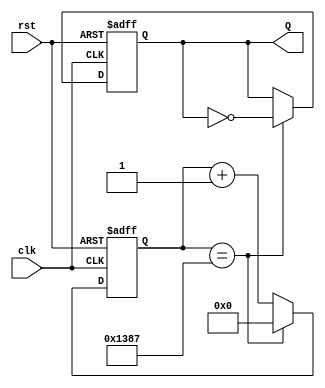
`timescale 1ns / 1ps
//////////////////////////////////////////////////////////////////////////////////
// Company: 
// Engineer: 
// 
// Design Name: 
// Module Name: T_FF
// Project Name: 
// Target Devices: 
// Tool Versions: 
// Description: 
// 
// Dependencies: 
// 
// Revision:
// Revision 0.01 - File Created
// Additional Comments:
// 
//////////////////////////////////////////////////////////////////////////////////


module T_FF(clk, rst, Q);

input clk, rst;

output reg Q;

reg [19:0] cnt;

always @(posedge clk or negedge rst) begin
    if(!rst) begin
        cnt <= 0;
        Q <= 0;
    end
    else begin
        if(cnt == 4999) begin
            Q <= ~Q;
            cnt <= 0;
        end
        else cnt <= cnt+1;
    end
end

endmodule